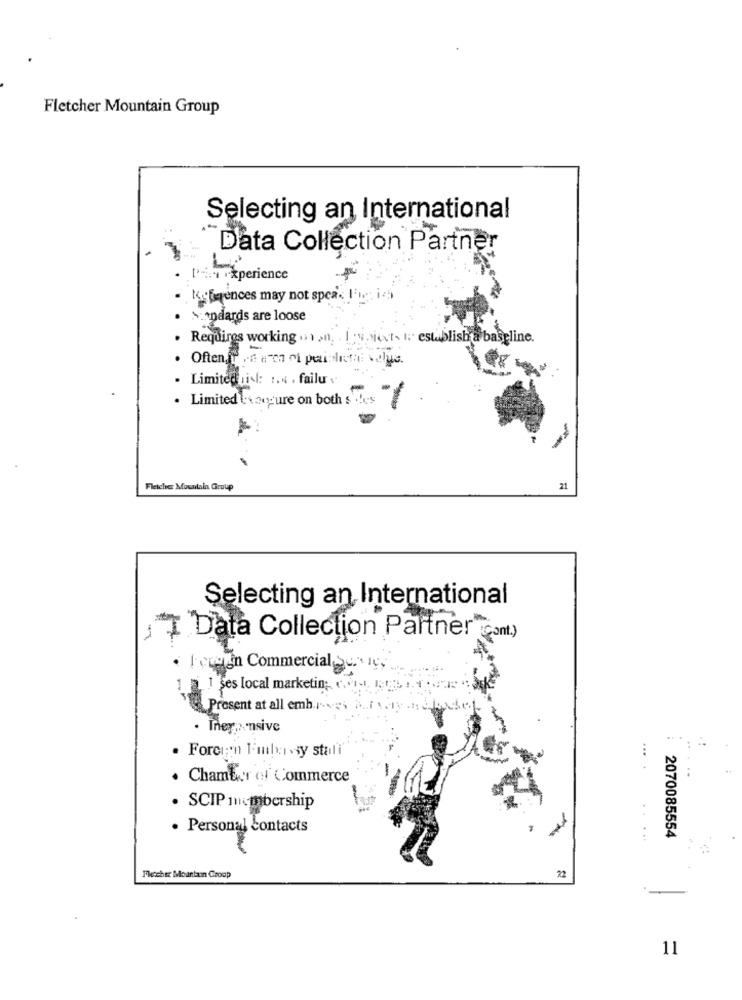
Fletcher Mountain Group
Selecting an International
Data Collection Partner
.P .xperience
- kifgences may not speak.
. Sopdards are loose
. Requires working or on. . I .w.ject- 1. establish a baseline.
· Limitequist: :.. . failu v
. Limited Coupure on both sides
Fletcher Mountain Group
21
Selecting an International
I Data Collection Partner (Cont.)
. Fecein Commercial Series
1 2 1 ses local marketin; c ....
1 Prosent at all embr-ves A.f Ally .12.
. Tney;xnsive
. Forcin 1embassy stali"
...
Chamber of Commerce
. SCIP membership
· Personal Contacts
2070085554
. ..
Fletcher Mountain Group
11